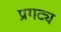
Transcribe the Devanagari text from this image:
प्रगट्य